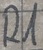
Text: R1